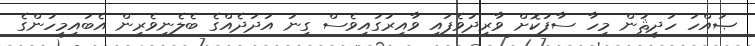
ޞައްހަ ހަދީޘުން މިހާ ސާފުކޮށް ވާރިދުވެފައި ވާއިރުގައިވެސް ގިނަ އަދަދެއްގެ ބެލެނިވެރިން އެބައިމީހުންގެ